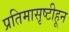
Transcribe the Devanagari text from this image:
प्रतिमासृष्टीहून